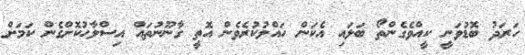
ހަރަދު ބޮޑުވަނީ ކީއްވެގެންތޯ ބަލައި އެކަން ހައްލުކުރެވެން އޮތީ ގާނޫނުތައް އިސްލާހުކޮށްގެން ކަމަށް